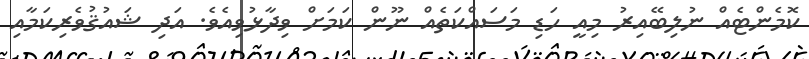
ކޮމެންޓެއް ނުލިބޭއިރު މިއީ ހަޑި މަސައްކަތެއް ނޫން ކަމަށް ވިދާޅުވިއެވެ. އަދި ޝައުޤުވެރިކަމާއި